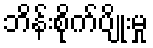
ဘိန်းစိုက်ပျိုးမှု